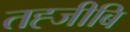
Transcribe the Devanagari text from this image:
तह्जीबि